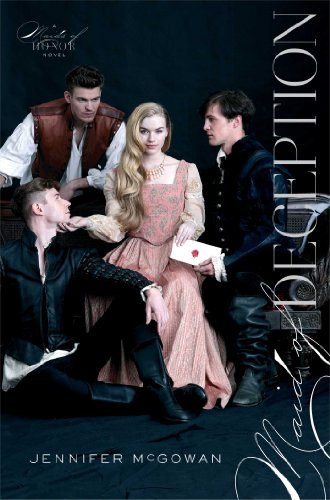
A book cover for Maid of Deception (Maids of Honor); Jennifer McGowan; Teen & Young Adult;